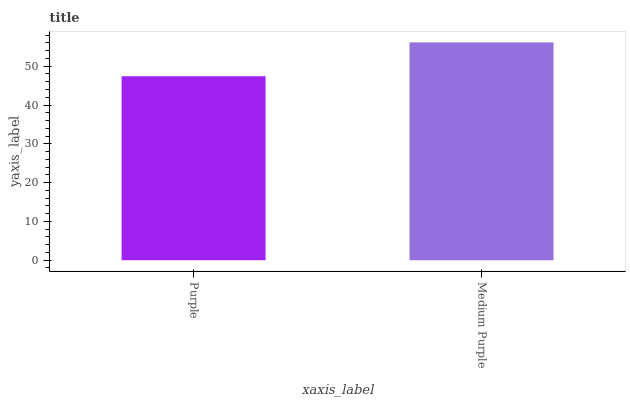
| xaxis_label | bars |
 | --- | --- |
 | Purple | 47.4 |
 | Medium Purple | 56.1 |